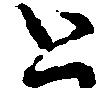
と